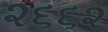
૨૬૬૨